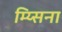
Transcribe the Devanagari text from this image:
म्य्सिना